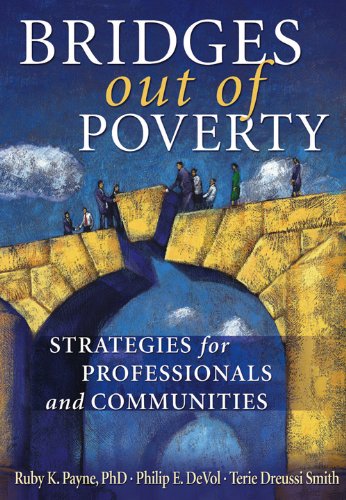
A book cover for Bridges Out of Poverty: Strategies for Professional and Communities; Philip E. DeVol; Politics & Social Sciences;